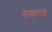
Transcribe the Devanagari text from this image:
पसारा।